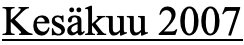
Kesäkuu 2007